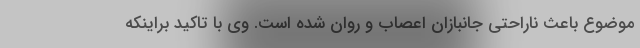
موضوع باعث ناراحتی جانبازان اعصاب و روان شده است. وی با تاکید براینکه